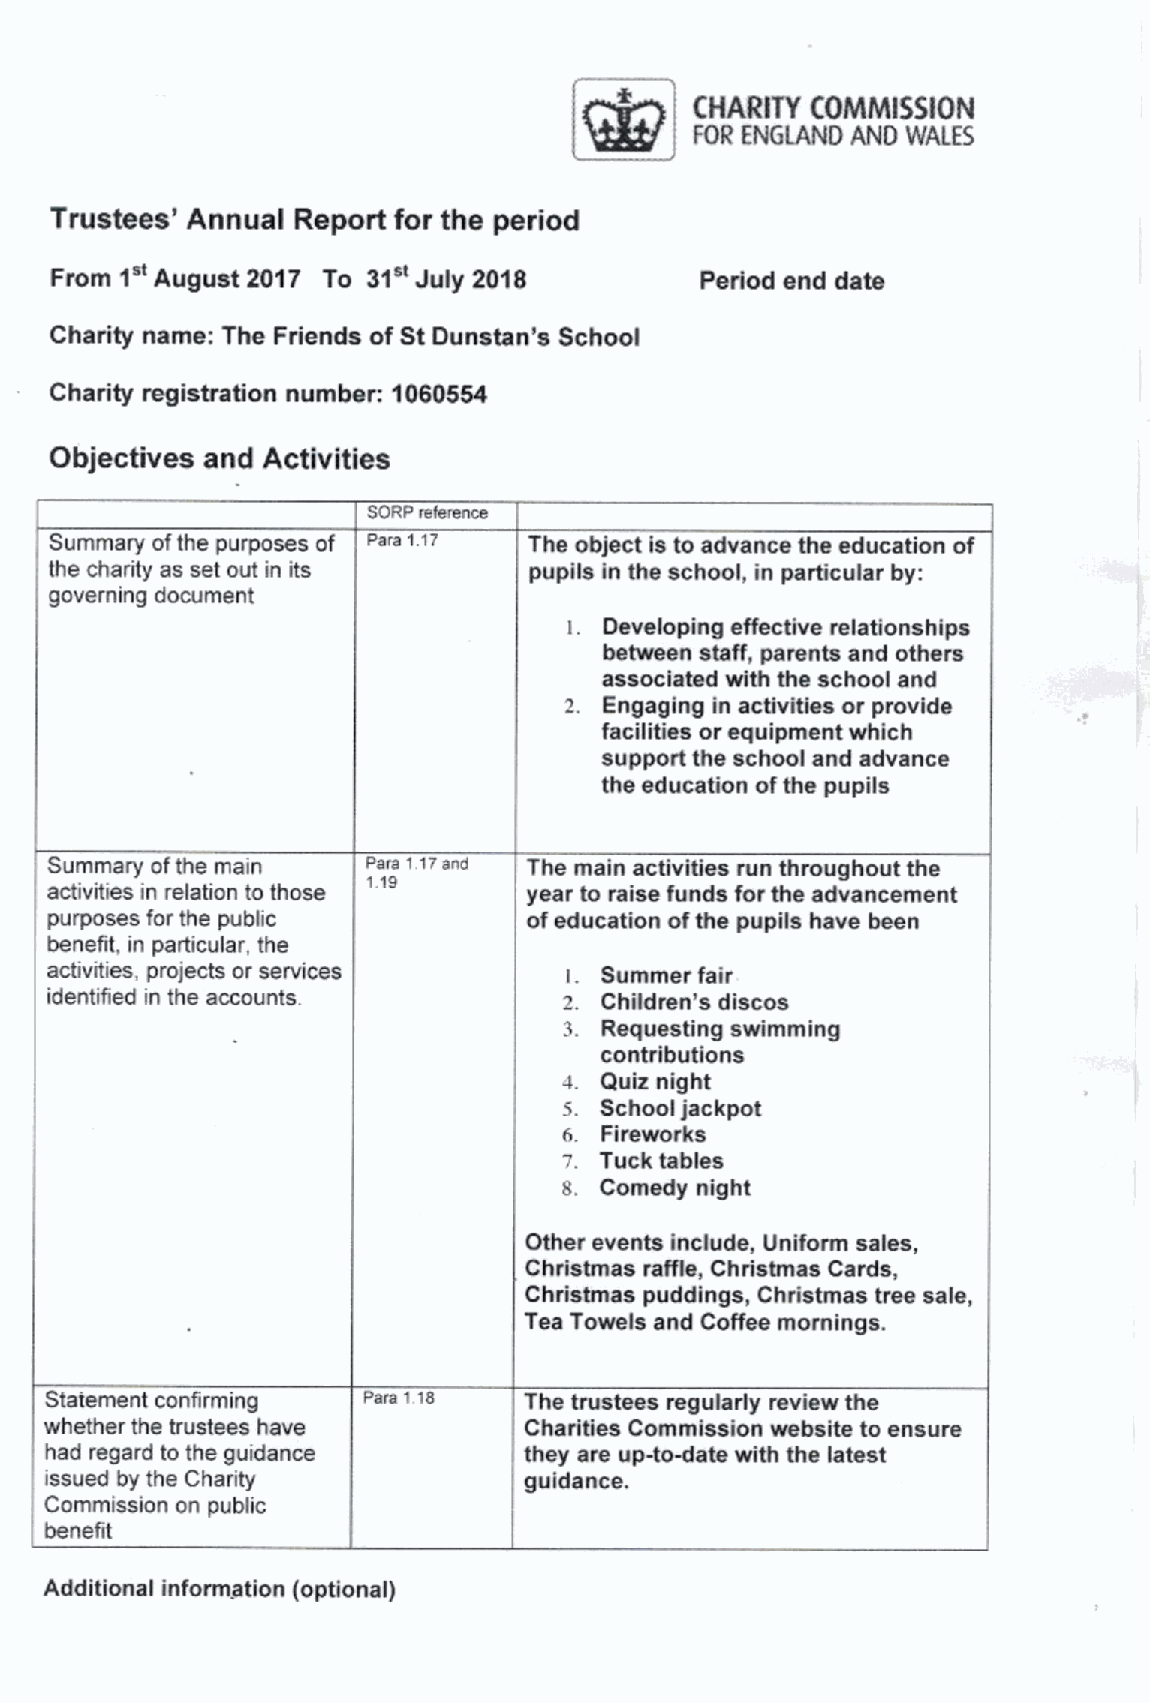
CHARITY COjfMjIISSION
 FOR ENGLAND AND WALES
 Trustees' Annual Report for the period
 From1" August2017 To 31" July 2018         Period end dat»
 Charity name: The Friends of St Dunstan's School
 Charity registration number: 1060554
 Objectives and Activities
 SORP reference
 Summary ofthe purposes of Para 1.17 The object is to advance the education of
 the charity as set out in its   pupils in the school, in particular by:
 governing document
 Developing effective relationships
 between staff, parents and others
 associated with the school and
 2. Engaging in activities or provide
 facilities or equipment which
 support the school and advance
 the education ofthe pupils
 Summary ofthe main   Para 1 17and The main activities run throughout the
 1.19
 activities in relation to those year to raise funds for the advancement
 purposes for the public         ofeducation ofthe pupils have been
 benefit, in particular, the
 activities, projects or services     Summer fair
 identified in the accounts.       2. Children's discos
 3. Requesting swimming
 contributions
 Quiz night
 s. School jackpot
 Fireworks
 Tuck tables
 8. Comedy night
 Other events include, Uniform sales,
 Christmas raNe, Christmas Cards,
 Christmas puddings, Christmas tree sale,
 Tea Towels and Coffee mornings.
 Statement confirming Para 1 fS  The trustees regularly review the
 whether the trustees have       Charities Commission website to ensure
 had regard to the guidance      they are up-todate with the latest
 issued by the Charity           guidance.
 Commission on public
 benefit
 Additional information (optional)